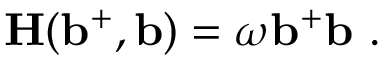
{ \bf H ( b ^ { + } , b ) } = \omega { \bf b ^ { + } b } \ .